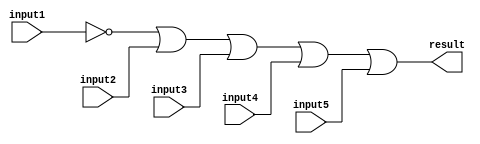
/******************************************************************************
 ** Logisim-evolution goes FPGA automatic generated Verilog code             **
 ** https://github.com/logisim-evolution/                                    **
 **                                                                          **
 ** Component : OR_GATE_5_INPUTS                                             **
 **                                                                          **
 *****************************************************************************/

module OR_GATE_5_INPUTS( input1,
                         input2,
                         input3,
                         input4,
                         input5,
                         result );

   /*******************************************************************************
   ** Here all module parameters are defined with a dummy value                  **
   *******************************************************************************/
   parameter [64:0] BubblesMask = 1;

   /*******************************************************************************
   ** The inputs are defined here                                                **
   *******************************************************************************/
   input input1;
   input input2;
   input input3;
   input input4;
   input input5;

   /*******************************************************************************
   ** The outputs are defined here                                               **
   *******************************************************************************/
   output result;

   /*******************************************************************************
   ** The wires are defined here                                                 **
   *******************************************************************************/
   wire s_realInput1;
   wire s_realInput2;
   wire s_realInput3;
   wire s_realInput4;
   wire s_realInput5;

   /*******************************************************************************
   ** The module functionality is described here                                 **
   *******************************************************************************/

   /*******************************************************************************
   ** Here the bubbles are processed                                             **
   *******************************************************************************/
   assign  s_realInput1 = (BubblesMask[0] == 1'b0) ? input1 : ~input1;
   assign  s_realInput2 = (BubblesMask[1] == 1'b0) ? input2 : ~input2;
   assign  s_realInput3 = (BubblesMask[2] == 1'b0) ? input3 : ~input3;
   assign  s_realInput4 = (BubblesMask[3] == 1'b0) ? input4 : ~input4;
   assign  s_realInput5 = (BubblesMask[4] == 1'b0) ? input5 : ~input5;

   /*******************************************************************************
   ** Here the functionality is defined                                          **
   *******************************************************************************/
   assign result = s_realInput1|
                   s_realInput2|
                   s_realInput3|
                   s_realInput4|
                   s_realInput5;

endmodule